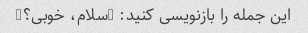
این جمله را بازنویسی کنید: "سلام، خوبی؟"